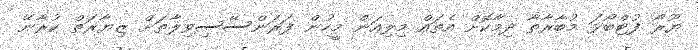
ޔޫރޯ ފުޓްބޯޅަ މުބާރާތާ ދިމާކޮށް އެތައް މިލިއަން މީހުން ފަރަންސޭސިވިލާތަށް ޒިޔާރަތް ކުރާނޭ